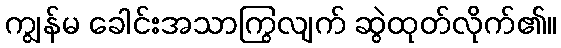
ကျွန်မ ခေါင်းအသာကြွလျက် ဆွဲထုတ်လိုက်၏။